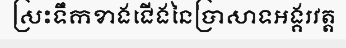
ស្រះទឹកខាងជើងនៃប្រាសាទអង្គរវត្ត